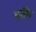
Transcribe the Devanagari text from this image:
ताशि